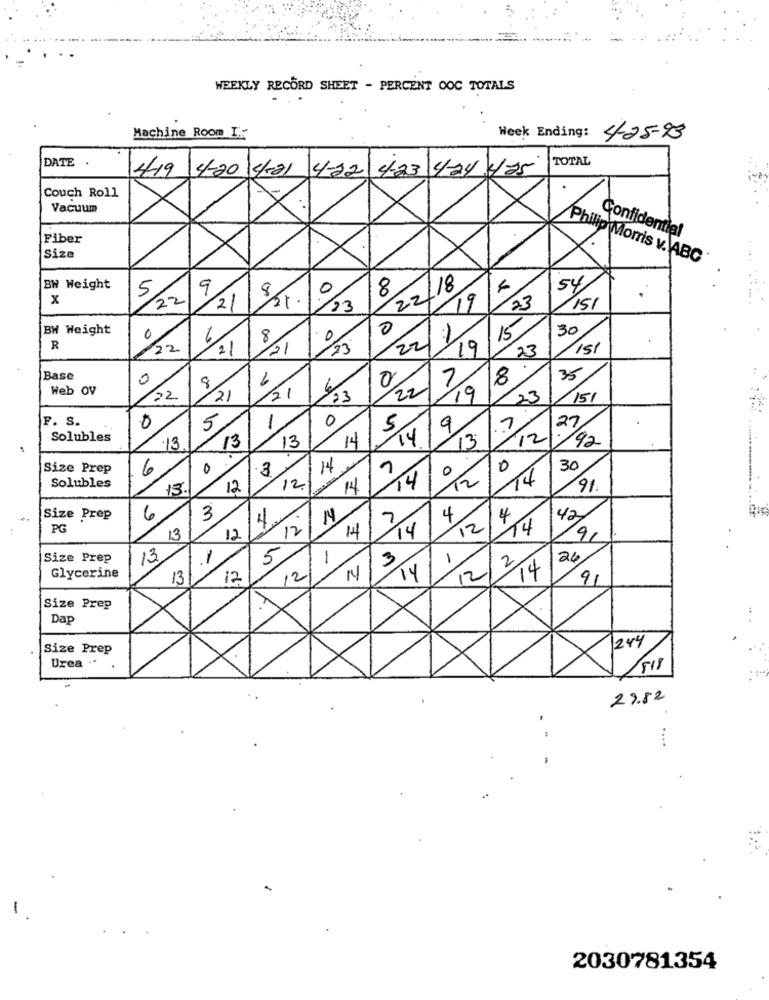
WEEKLY RECORD SHEET - PERCENT OOC TOTALS
Machine Room I:
Week Ending: 4-25-93
TOTAL
DATE .
419 4-20 4:31 4-12- 423 4-24 ya5
Couch Roll
Vacuum
Confidential
Fiber
.
Size
Philip Morris v. ABC
..
22/18
54
BW Weight
9
8
0
8
x
5
22
23
151
.
2/
/23
19
15
BW Weight
0
30
0
6
8
0
22/
R
22
21
21
23
19
23
15/
35
Base
0
0
Web OV
22
22
21
21
1/13
19
15/
F. S.
1
0
5
27
0
5
.
Solubles
13
13
13
14
14
13
12
92
Size Prep
6
0
.3
14
0
0
30
12
14
12
Solubles
13.
12
14
14
91.
3
42
Size Prep
6
4
7
4
4
PG
12
12
14
14
12
14
13
9,
Size Prep
13.
-
. 2/20
1
3
-
2
26
Glycerine
13
12
12
14
12/
14
91
Size Prep
Dap
Size Prep
244
Urea .*
29.82
.
....
2030781354